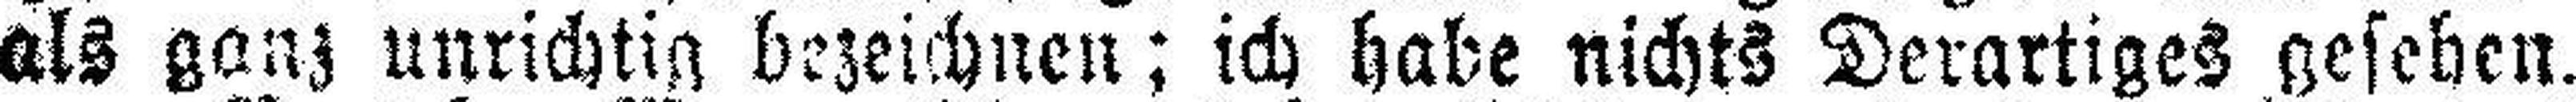
als ganz unrichtig bezeichnen; ich habe nichts Derartiges gesehen.